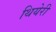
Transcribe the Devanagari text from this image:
थियेरी